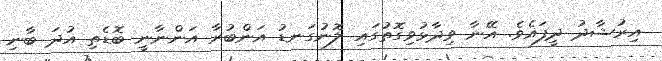
އިރުޝާދު ދީފައެވެ. އޭނާ ވިދާޅުވިގޮތުގައި ލޮނުގަނޑު އަންބުރާ އަންނާނީ ބޮޑެތި އުދަ ބާނި